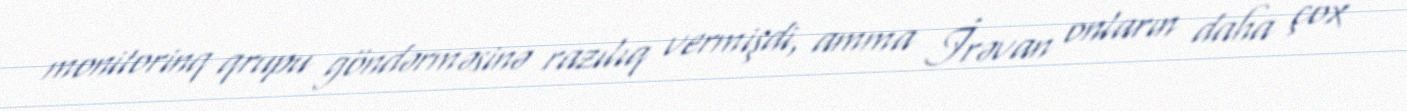
monitorinq qrupu göndərməsinə razılıq vermişdi, amma İrəvan onların daha çox